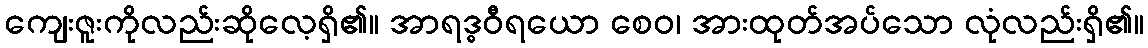
ကျေးဇူးကိုလည်းဆိုလေ့ရှိ၏။ အာရဒ္ဓဝီရယော စေဝ၊ အားထုတ်အပ်သော လုံလည်းရှိ၏။